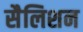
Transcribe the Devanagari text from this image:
सैलिशन